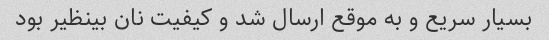
بسیار سریع و به موقع ارسال شد و کیفیت نان بینظیر بود